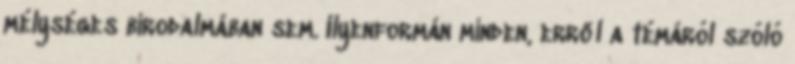
mélységes birodalmában sem. Ilyenformán minden, erről a témáról szóló